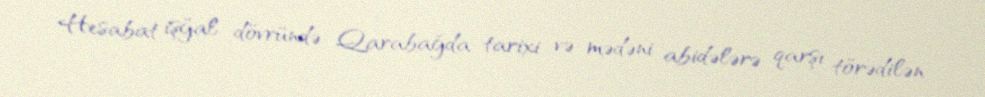
Hesabat işğal dövründə Qarabağda tarixi və mədəni abidələrə qarşı törədilən